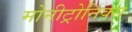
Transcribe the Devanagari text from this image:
मोनीट्रोनिक्स